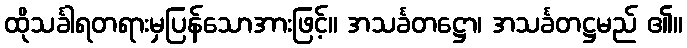
ထိုသင်္ခါရတရားမှပြန်သောအားဖြင့်။ အသင်္ခတဋ္ဌော၊ အသင်္ခတဋ္ဌမည် ၏။